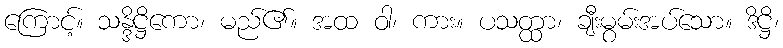
ကြောင့်။ သန္ဒိဋ္ဌိကော၊ မည်၏။ အထ ဝါ၊ ကား။ ပသတ္ထာ၊ ချီးမွမ်းအပ်သော။ ဒိဋ္ဌိ၊